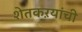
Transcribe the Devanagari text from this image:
शेतकऱयांची